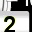
Digit: 2